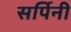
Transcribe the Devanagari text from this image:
सर्पिनी